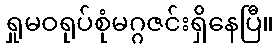
ရှုမဝရုပ်စုံမဂ္ဂဇင်းရှိနေပြီ။